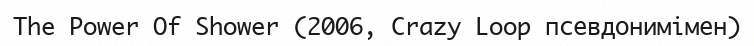
The Power Of Shower (2006, Crazy Loop псевдонимімен)